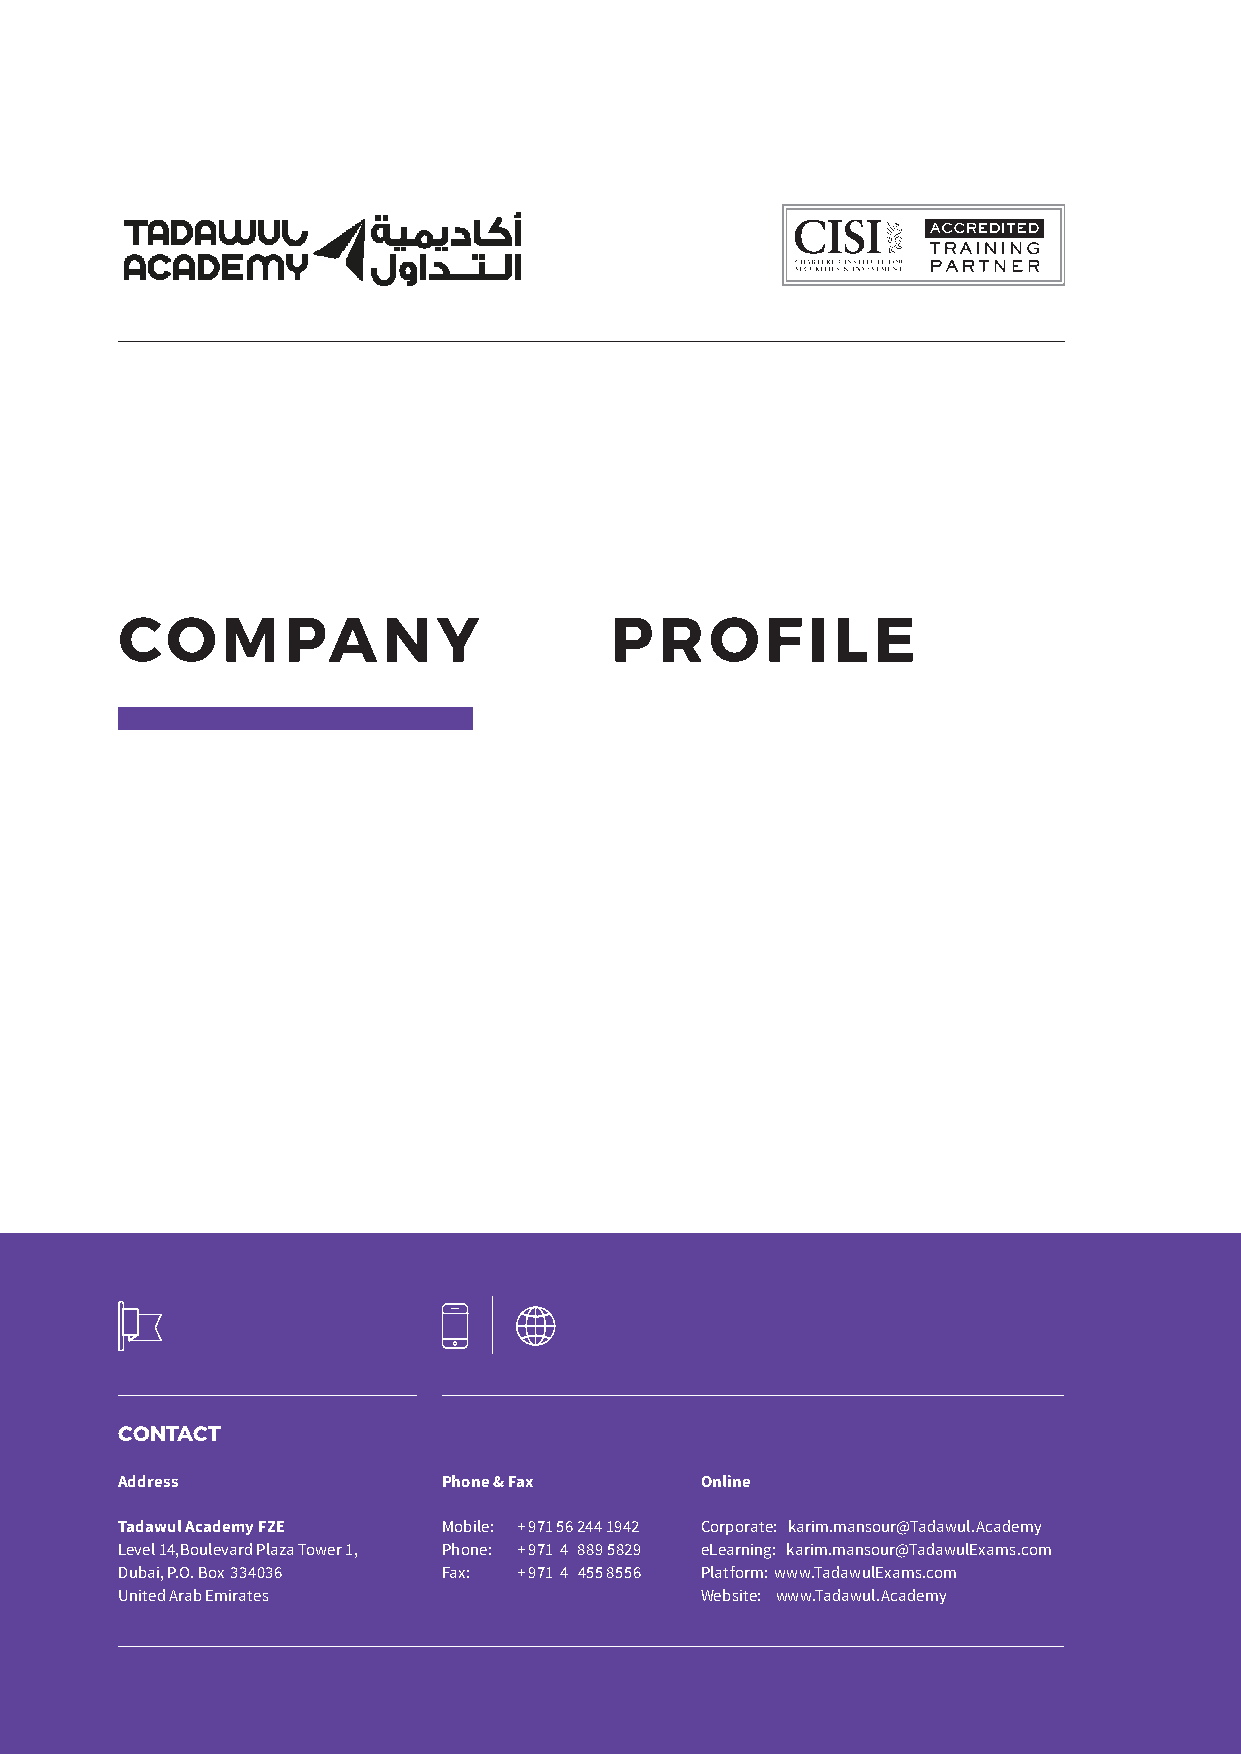
COMPANY                         PROFILE
 CONTACT
 Address              Phone & Fax      Online
 Tadawul Academy FZE  Mobile: + 971 56 244 1942 Corporate: karim.mansour@Tadawul.Academy
 Level 14,Boulevard Plaza Tower 1, Phone: + 971 4 889 5829 eLearning: karim.mansour@TadawulExams.com
 Dubai, P.O. Box 334036 Fax: + 971 4 455 8556 Platform: www.TadawulExams.com
 United Arab Emirates                  Website: www.Tadawul.Academy